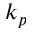
k _ { p }